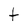
Character: t